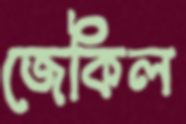
জেকিল